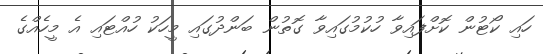
ހައި ކޯޓުން ކޮށްފައިވާ ހުކުމުގައިވާ ގޮތުން ބަންދުގައި މީހަކު ހުއްޓައި އެ މީހެއްގެ